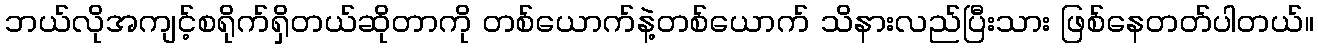
ဘယ်လိုအကျင့်စရိုက်ရှိတယ်ဆိုတာကို တစ်ယောက်နဲ့တစ်ယောက် သိနားလည်ပြီးသား ဖြစ်နေတတ်ပါတယ်။